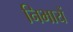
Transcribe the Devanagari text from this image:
निभायें